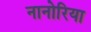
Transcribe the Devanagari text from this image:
नानोरिया